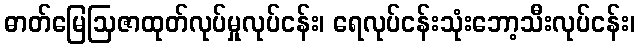
ဓာတ်မြေဩဇာထုတ်လုပ်မှုလုပ်ငန်း၊ ရေလုပ်ငန်းသုံးဘော့သီးလုပ်ငန်း၊